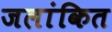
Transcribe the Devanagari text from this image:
जलांकित